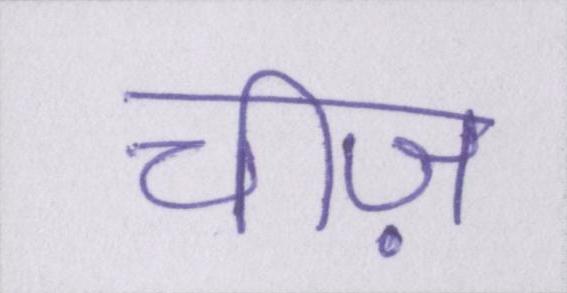
चीज़